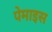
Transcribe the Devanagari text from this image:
पेमाइस